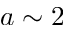
a \sim 2